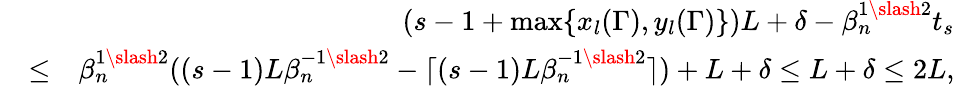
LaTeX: \begin{array}{rlr}&{}&{(s-1+\operatorname*{max}\{ x_{l}(\Gamma),y_{l}(\Gamma)\} )L+\delta-\beta_{n}^{1\slash 2}t_{s}}\\ &{\leq}&{\beta_{n}^{1\slash 2}((s-1)L\beta_{n}^{-1\slash 2}-\lceil(s-1)L\beta_{n}^{-1\slash 2}\rceil)+L+\delta\leq L+\delta\leq 2L,}\end{array}